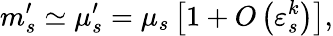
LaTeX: m_{s}^{\prime}\simeq\mu_{s}^{\prime}=\mu_{s}\left[1+O\left(\varepsilon_{s}^{k}\right)\right],